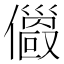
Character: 𠐄